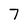
Character: 7